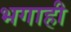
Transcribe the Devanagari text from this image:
भगाही